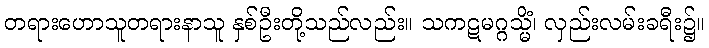
တရားဟောသူတရားနာသူ နှစ်ဦးတို့သည်လည်း။ သကဋမဂ္ဂသ္မိံ၊ လှည်းလမ်းခရီး၌။